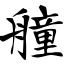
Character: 艟